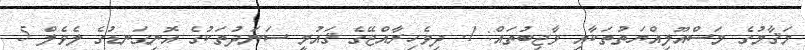
މަޤާމުގެ މަސްއޫލިއްޔަތުތަކާއި ވާޖިބުތައް: 1. ދިވެހިރާއްޖޭގެ ޤައުމީ ސަނަދުތަކުގެ އޮނިގަނޑުގެ ލެވެލް 5